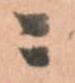
ニ